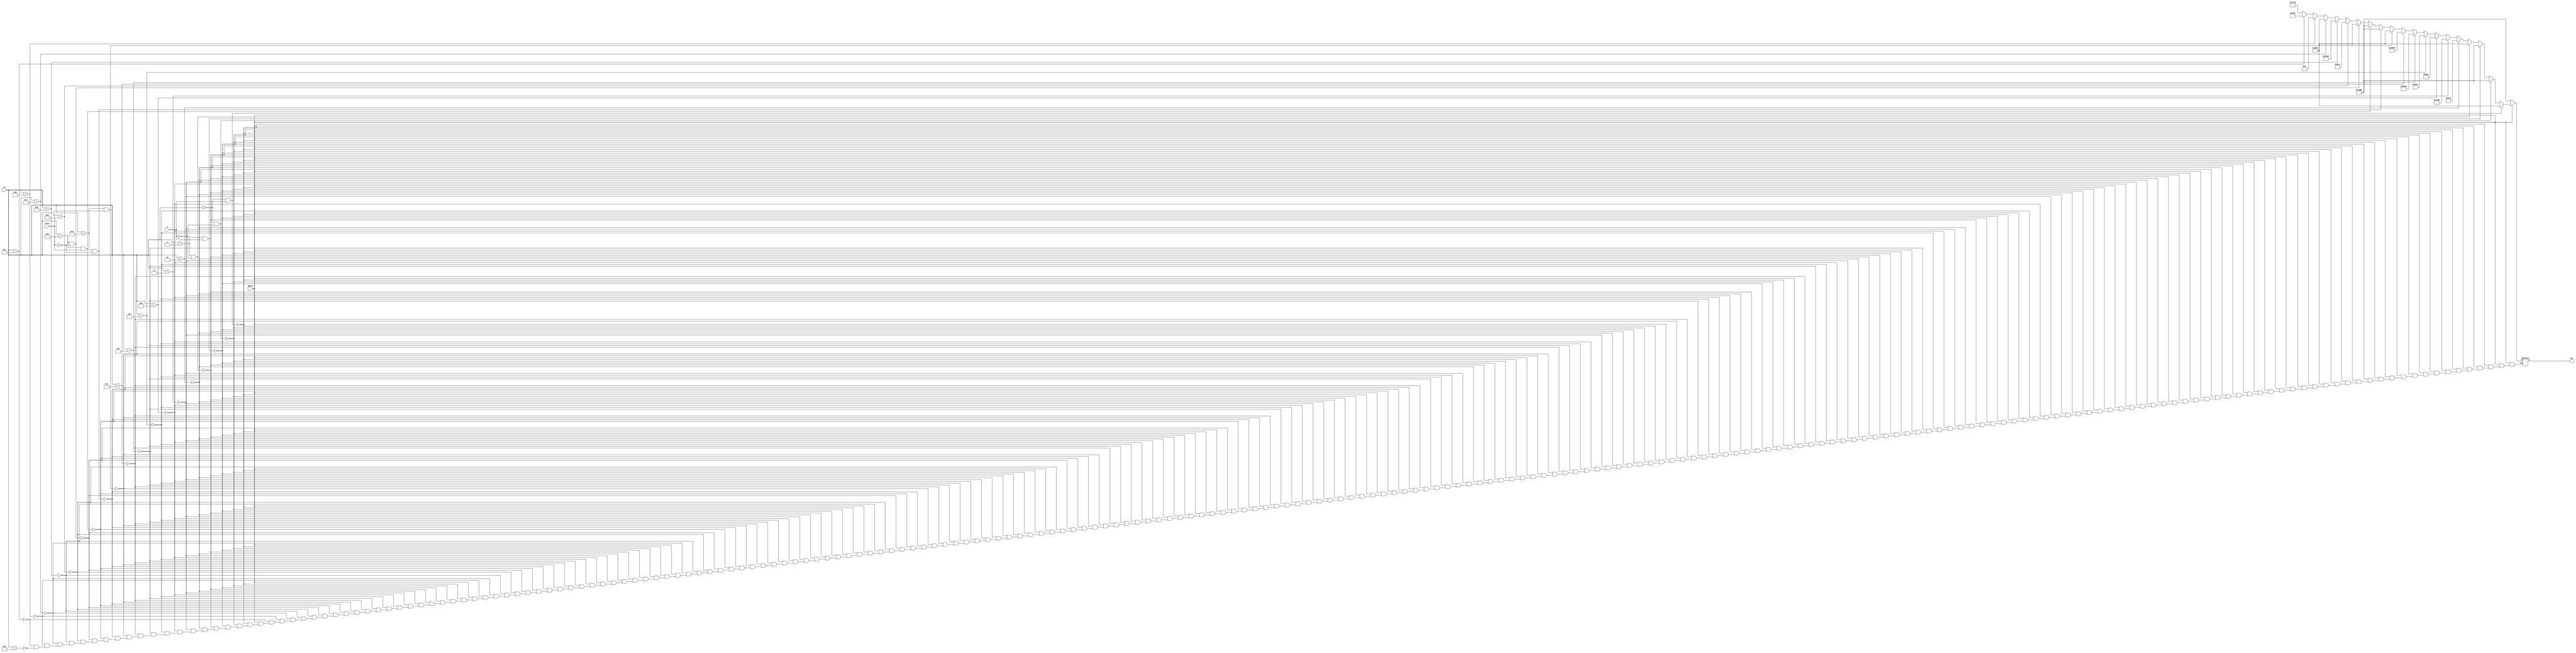
module Decoder(input phase,C,Zeta, input [3:0]in, output [12:0]out);
  wire phase,C,Zeta;
  wire [3:0]in;
  reg [12:0]carry=0;
  assign out = carry;
  always @ (phase or C or Zeta or in)
  begin
    if (phase==0)
      begin                               // ANY //
        carry  = 13'b1000000001000;
      end
    else
      begin
        if (in==4'b0000 && C==1)
          begin
            carry  <= 13'b0100000001000;    // JC CARRY_1//
          end
        else if (in==4'b0000 && C==0)
          begin
            carry  = 13'b1000000001000;     //JC CARRY_0
          end
        else if (in==4'b0001 && C==1)
          begin
            carry  = 13'b1000000001000;     //JNC  CARRY _1
          end
        else if (in==4'b0001 && C==0)
          begin
            carry  = 13'b0100000001000;     //JNC  CARRY_0
          end
        else if (in==4'b0010)
          begin
            carry  = 13'b0001001000010;     // CMPI
          end
        else if (in==4'b0011)
          begin
            carry  = 13'b1001001100000;   // CMPM
          end
        else if (in==4'b0100)
          begin
            carry  = 13'b0011010000010;   // LIT
          end
        else if (in==4'b0101)
          begin
            carry  = 13'b0011010000100;   // IN
          end
        else if (in==4'b0110)
          begin
            carry  = 13'b1011010100000;   // LD
          end
        else if (in==4'b0111)
          begin
            carry  = 13'b1000000111000;   //ST
          end
        else if (in==4'b1000 && Zeta==1)
          begin
            carry  = 13'b0100000001000;   //JZ Z_1
          end
        else if (in==4'b1000 && Zeta==0)
          begin
            carry  = 13'b1000000001000;   //JZ Z_0
          end
        else if (in==4'b1001 && Zeta==1)
          begin
            carry  = 13'b1000000001000;   // JNZ Z_1
          end
        else if (in==4'b1001 && Zeta==0)
          begin
            carry  = 13'b0100000001000;   // JNZ Z_0
          end
        else if (in==4'b1010)
          begin
            carry  = 13'b0011011000010;   // ADDI
          end
        else if (in==4'b1011)
          begin
            carry  = 13'b1011011100000;   // ADDM
          end
        else if (in==4'b1100)
          begin
            carry  = 13'b0100000001000;   // JMP
          end
        else if (in==4'b1101)
          begin
            carry  = 13'b0000000001001;   //OUT
          end
        else if (in==4'b1110)
          begin
            carry  = 13'b0011100000010;   //NANDI
          end
        else if (in==4'b1111)
          begin
            carry  = 13'b1011100100000;   //NANDM
          end
      end
  end
endmodule